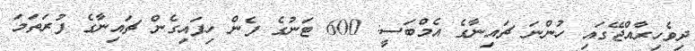
ދިވެހިރާއްޖޭގައި ހުންނަ ޗައިނާގެ އެމްބަސީ: 600 ޓަނުގެ ފެން ހިފައިގެން ޗައިނާގެ ފުރަތަމަ